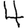
Digit: 4